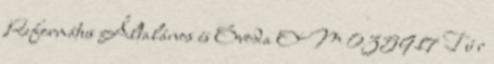
Református Általános és Óvoda OM 035917 T ú r